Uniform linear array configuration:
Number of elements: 4
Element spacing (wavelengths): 1
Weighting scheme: exponential
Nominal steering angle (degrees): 30
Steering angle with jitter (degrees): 30.245
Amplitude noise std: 0.05
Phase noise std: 0.05

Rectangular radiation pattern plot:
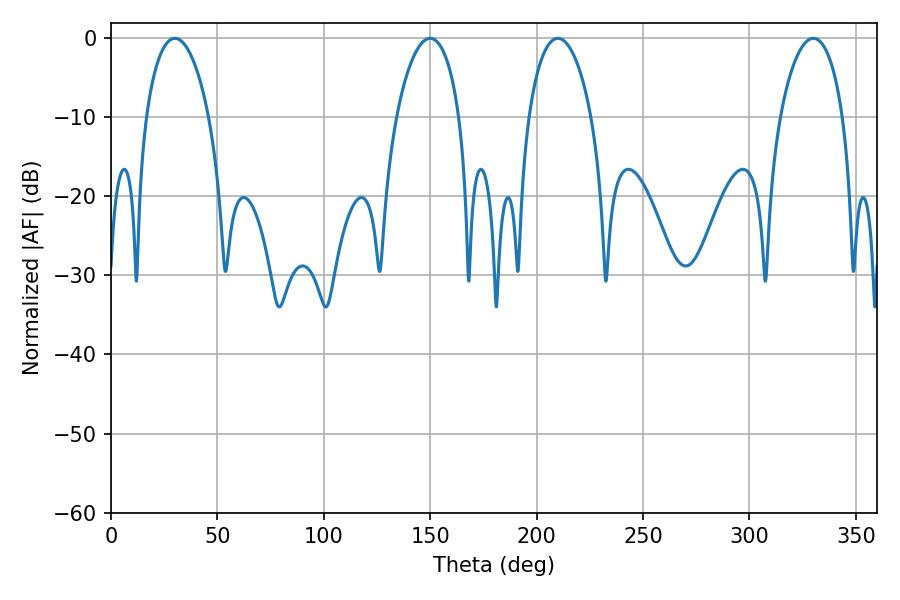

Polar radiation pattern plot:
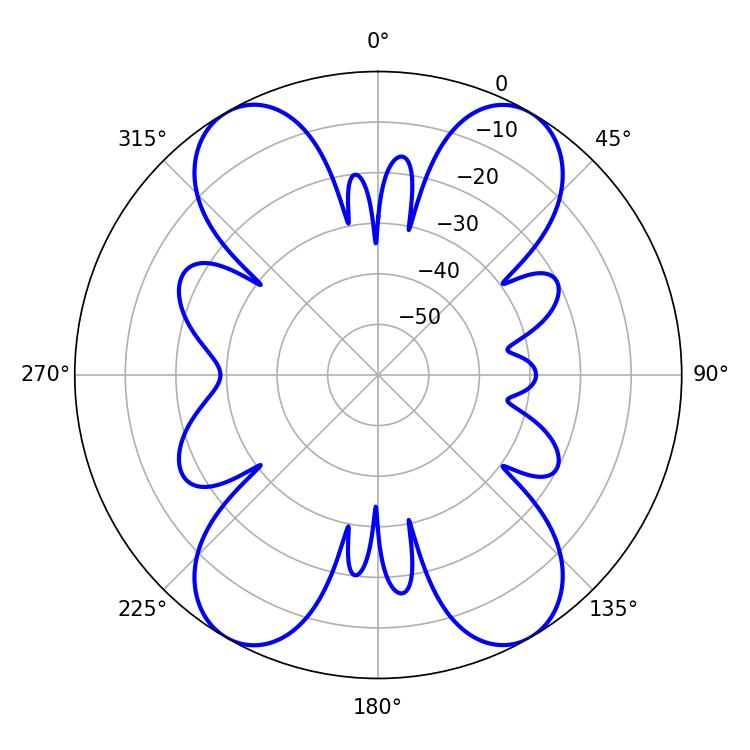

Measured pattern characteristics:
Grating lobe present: TRUE
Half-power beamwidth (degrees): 16.92
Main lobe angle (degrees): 30.06